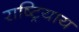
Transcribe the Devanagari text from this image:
राष्ट्रियाय